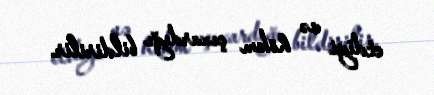
etdiyi və hökm çıxardığı bildirilir.